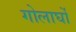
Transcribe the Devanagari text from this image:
गोलार्घो